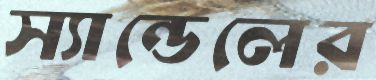
স্যান্ডেলের